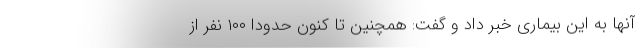
آنها به این بیماری خبر داد و گفت: همچنین تا کنون حدودا ۱۰۰ نفر از